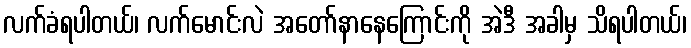
လက်ခံရပါတယ်၊ လက်မောင်းလဲ အတော်နာနေကြောင်းကို အဲဒီ အခါမှ သိရပါတယ်၊